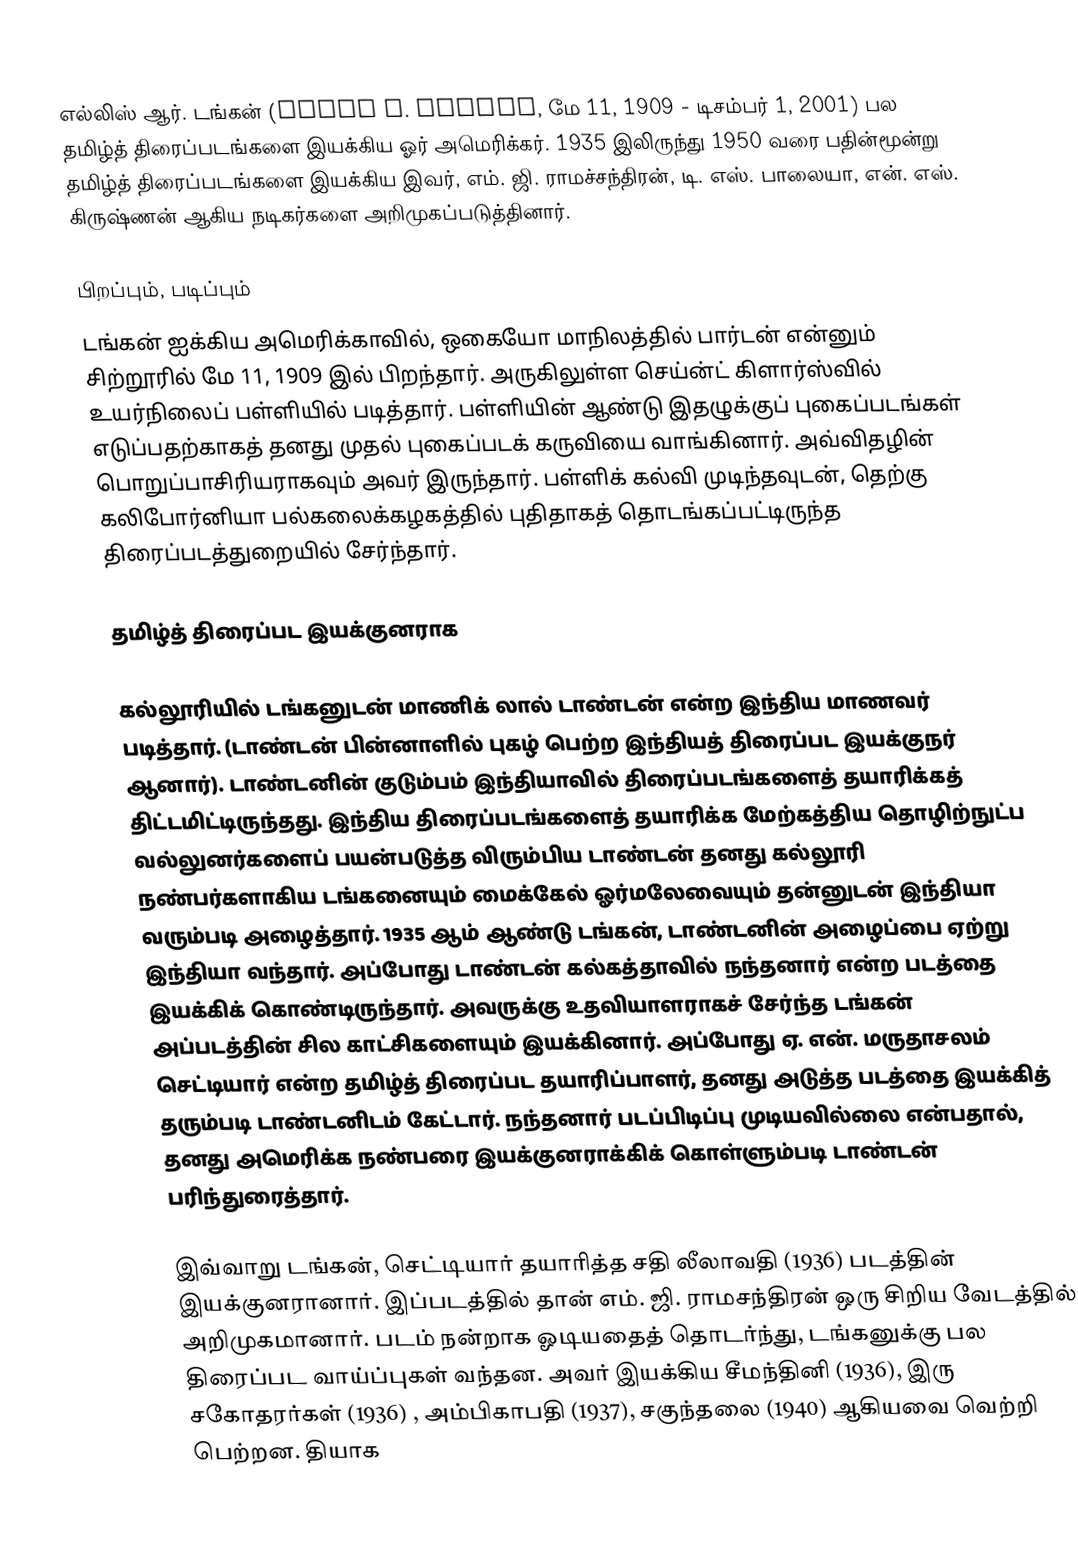
எல்லிஸ் ஆர். டங்கன் (Ellis R. Dungan, மே 11, 1909 - டிசம்பர் 1, 2001) பல தமிழ்த் திரைப்படங்களை இயக்கிய ஓர் அமெரிக்கர். 1935 இலிருந்து 1950 வரை பதின்மூன்று தமிழ்த் திரைப்படங்களை இயக்கிய இவர், எம். ஜி. ராமச்சந்திரன், டி. எஸ். பாலையா, என். எஸ். கிருஷ்ணன் ஆகிய நடிகர்களை அறிமுகப்படுத்தினார்.

பிறப்பும், படிப்பும்
டங்கன் ஐக்கிய அமெரிக்காவில், ஒகையோ மாநிலத்தில் பார்டன் என்னும் சிற்றூரில் மே 11, 1909 இல் பிறந்தார். அருகிலுள்ள செய்ன்ட் கிளார்ஸ்வில் உயர்நிலைப் பள்ளியில் படித்தார். பள்ளியின் ஆண்டு இதழுக்குப் புகைப்படங்கள் எடுப்பதற்காகத் தனது முதல் புகைப்படக் கருவியை வாங்கினார். அவ்விதழின் பொறுப்பாசிரியராகவும் அவர் இருந்தார். பள்ளிக் கல்வி முடிந்தவுடன், தெற்கு கலிபோர்னியா பல்கலைக்கழகத்தில் புதிதாகத் தொடங்கப்பட்டிருந்த திரைப்படத்துறையில் சேர்ந்தார்.

தமிழ்த் திரைப்பட இயக்குனராக

கல்லூரியில் டங்கனுடன் மாணிக் லால் டாண்டன் என்ற இந்திய மாணவர் படித்தார். (டாண்டன் பின்னாளில் புகழ் பெற்ற இந்தியத் திரைப்பட இயக்குநர் ஆனார்). டாண்டனின் குடும்பம் இந்தியாவில் திரைப்படங்களைத் தயாரிக்கத் திட்டமிட்டிருந்தது. இந்திய திரைப்படங்களைத் தயாரிக்க மேற்கத்திய தொழிற்நுட்ப வல்லுனர்களைப் பயன்படுத்த விரும்பிய டாண்டன் தனது கல்லூரி நண்பர்களாகிய டங்கனையும் மைக்கேல் ஓர்மலேவையும் தன்னுடன் இந்தியா வரும்படி அழைத்தார். 1935 ஆம் ஆண்டு டங்கன், டாண்டனின் அழைப்பை ஏற்று இந்தியா வந்தார். அப்போது டாண்டன் கல்கத்தாவில் நந்தனார் என்ற படத்தை இயக்கிக் கொண்டிருந்தார். அவருக்கு உதவியாளராகச் சேர்ந்த டங்கன் அப்படத்தின் சில காட்சிகளையும் இயக்கினார். அப்போது ஏ. என். மருதாசலம் செட்டியார் என்ற தமிழ்த் திரைப்பட தயாரிப்பாளர், தனது அடுத்த படத்தை இயக்கித் தரும்படி டாண்டனிடம் கேட்டார். நந்தனார் படப்பிடிப்பு முடியவில்லை என்பதால், தனது அமெரிக்க நண்பரை இயக்குனராக்கிக் கொள்ளும்படி டாண்டன் பரிந்துரைத்தார்.

இவ்வாறு டங்கன், செட்டியார் தயாரித்த சதி லீலாவதி (1936) படத்தின் இயக்குனரானார். இப்படத்தில் தான் எம். ஜி. ராமசந்திரன் ஒரு சிறிய வேடத்தில் அறிமுகமானார். படம் நன்றாக ஓடியதைத் தொடர்ந்து, டங்கனுக்கு பல திரைப்பட வாய்ப்புகள் வந்தன. அவர் இயக்கிய சீமந்தினி (1936), இரு சகோதரர்கள் (1936) , அம்பிகாபதி (1937), சகுந்தலை (1940) ஆகியவை வெற்றி பெற்றன. தியாக